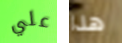
علي هذا